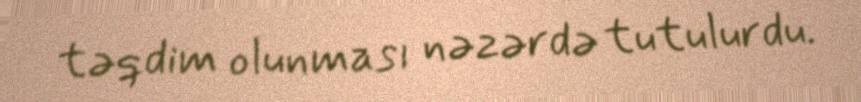
təqdim olunması nəzərdə tutulurdu.